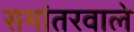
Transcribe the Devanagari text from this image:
समांतरवाले